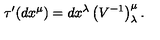
\tau ^ { \prime } ( d x ^ { \mu } ) = { } d x ^ { \lambda } \left( V ^ { - 1 } \right) _ { \lambda } ^ { \mu } .